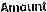
AMOUNT